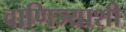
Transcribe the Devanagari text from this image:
वाणिज्याशी